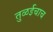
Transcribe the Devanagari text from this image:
तुळईचाच